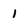
Character: 1